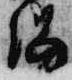
陽